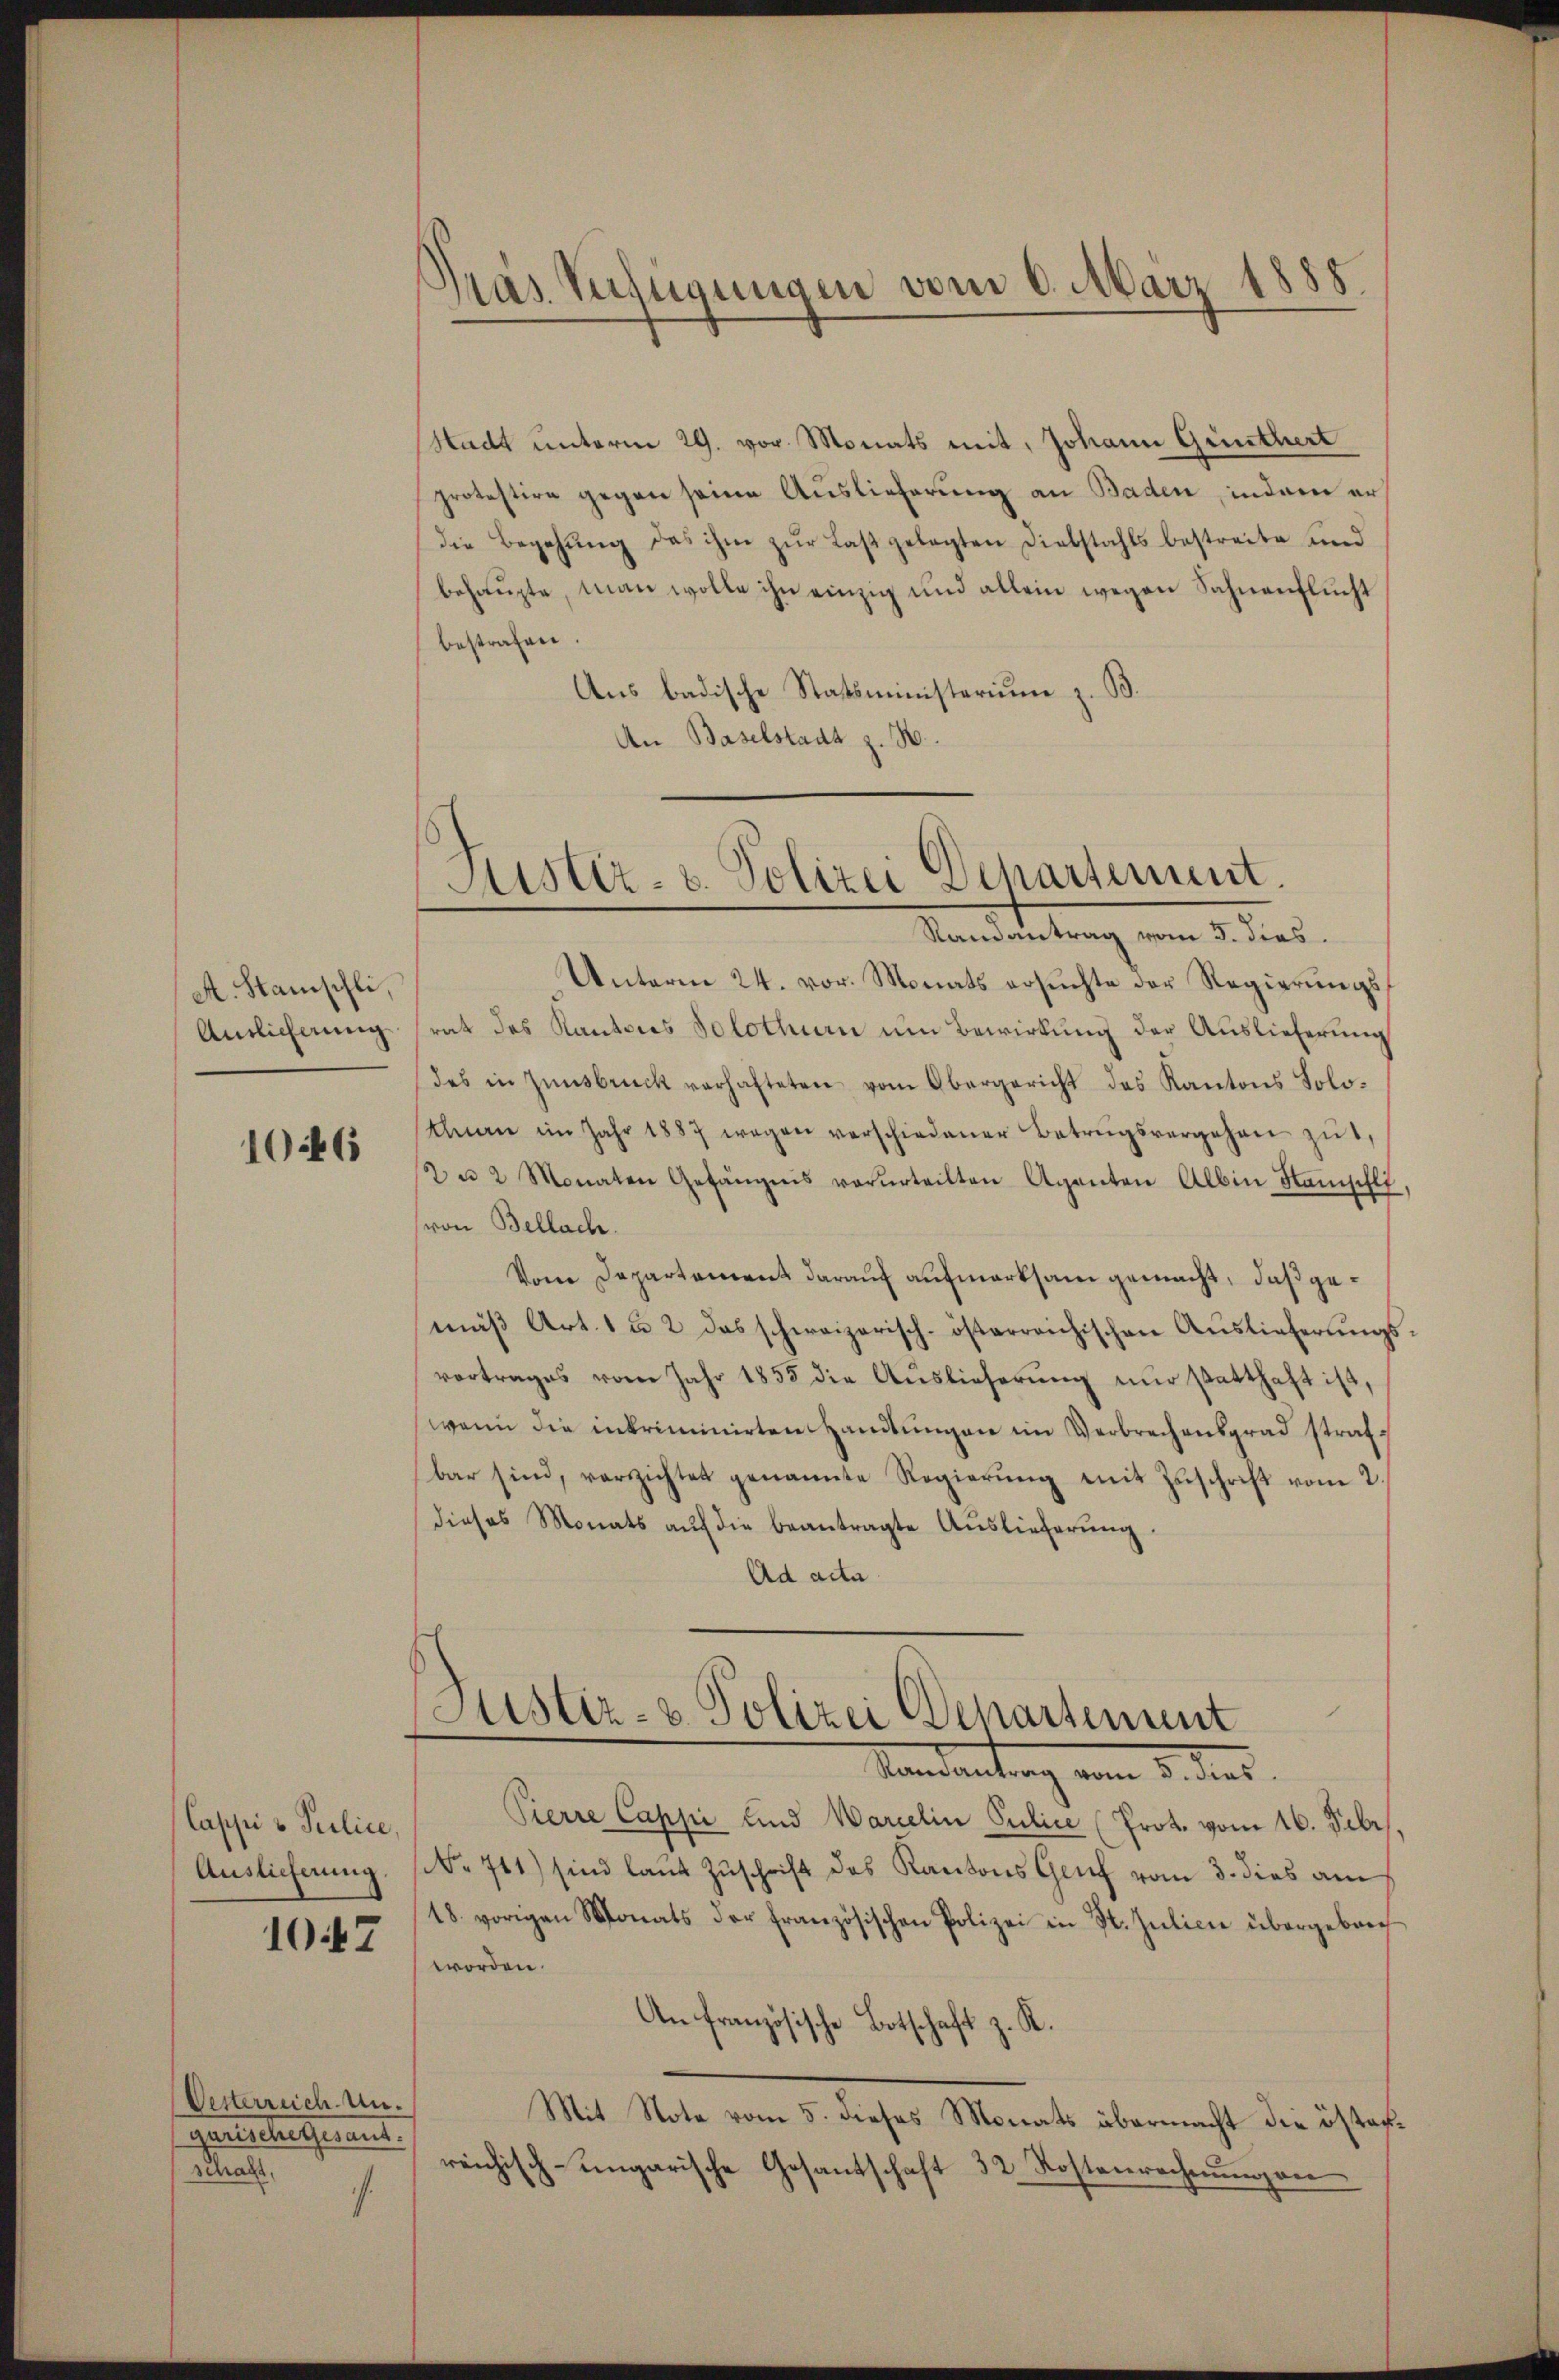
A. Stanschli,
Anslicherung

1046

Cappi u Police
Auslieferung

1047

Vesterreich Angerrechenerant.
schaft
4

pas Zufügungen vom 6. März 1888.

Stadt unterm 29. vor Monats mit, Johann Günthert
protestire gegen seine Auslieferung an Baden, indem er
die Begehŭng das ihm zŭr Laβ gelegten Diebstahls bestreite und
behaupte, man wolle ihn einzig und allein wegen Sahnenflucht
bestrafen.
Ans badische Statsministerium z. B.
An Baselstadt z. B.
Unterm 24. vor. Monats ersuchte der Regierungsrat des Kantons Solothurn um Bewirkung der Auslieferung
des in Zinsbruck verhafteten vom Obergericht des Kantons Soloehnen im Jahr 1887 wegen verschiedener Betrŭgsvergehen zŭ,
2 u. 2 Monaten Gefängnis verurteilten Agenten Albin Hamschli
von Bellach.
Vom Departement darauf aufmerksam gemacht, daß gemäß Art. 1 u. 2 das schweizerisch-österreichischen Auslieferungsvortrages vom Jahr 1853 die Aŭslieferŭng nŭr statthaft ist,
wenn die inkriminirten Handlungen im Verbrechensgrad strafbar sind, verzichtet genannte Regierŭng mit Zŭschrift vom 2.
dieses Monats auf die beantragte Auslieferung.
Ad acta
Justiz- & Polizei Departement
Vandantung vom 3. dies
Pierre Cappi und Warielin Pulice (Prot. vom 16. Febr.
No 741) sind laut Zuschrift des Kantons Genf vom 3. dies am
18. vorigen Monats der französischen Polizei in St. Julicie übergebeng
worden.
An französische Botschaft z. R.
Mit Note vom 5. dieses Monats übermacht die östag.
reichisch-ungarische Gesantschaft 32 Kostenrechnŭng an

Justiz- u. Polizei Departement
Randantrag vom 3. dies